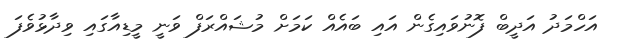
އަހްމަދު އަދީބް ފޮނުވައިގެން އައި ބައެއް ކަމަށް މުޝައްރަފް ވަނީ މީޑިއާގައި ވިދާޅުވެފަ